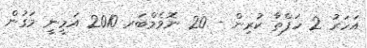
އަހަރު 2 ހަފްތާ ކުރިން - 20 ނޮވެމްބަރ 2010 އަމީނީ މަގުން